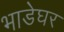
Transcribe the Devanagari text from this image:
भाडेघर